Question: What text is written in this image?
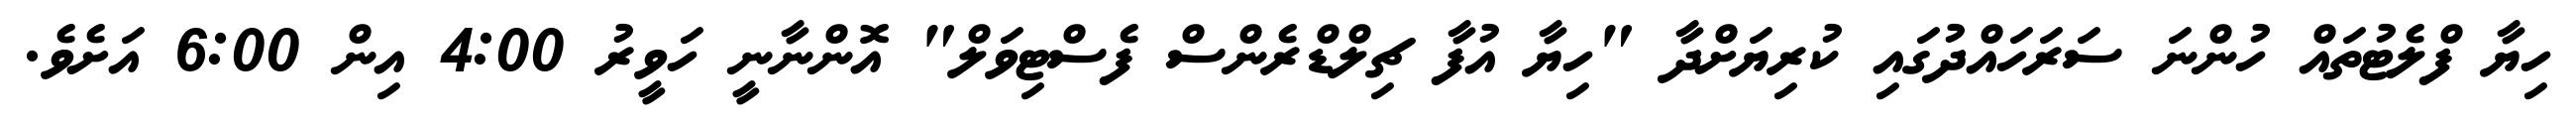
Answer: ހިޔާ ފްލެޓުތައް ހުންނަ ސަރަހައްދުގައި ކުރިޔަށްދާ "ހިޔާ އުފާ ޗިލްޑްރެންސް ފެސްޓިވަލް" އޮންނާނީ ހަވީރު 4:00 އިން 6:00 އަށެވެ.